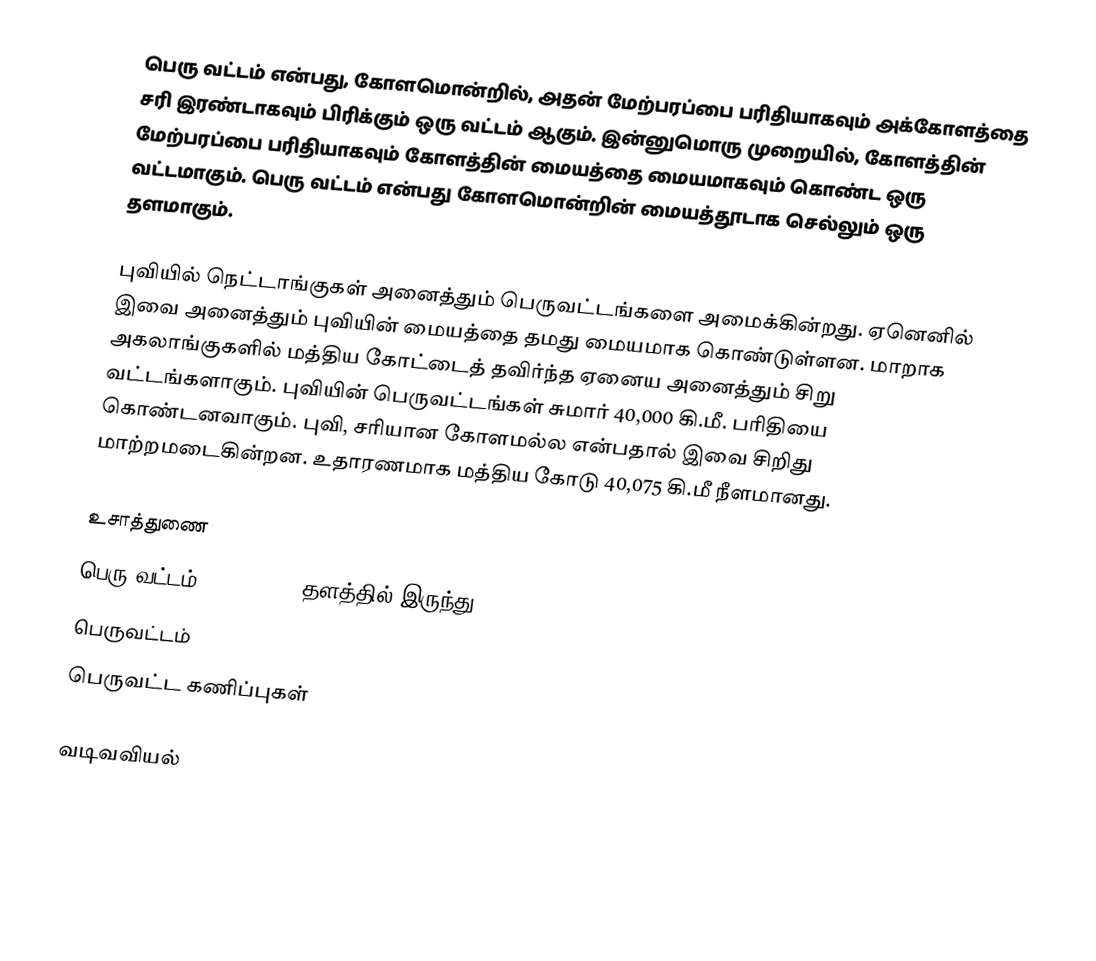
பெரு வட்டம் என்பது, கோளமொன்றில், அதன் மேற்பரப்பை பரிதியாகவும் அக்கோளத்தை சரி இரண்டாகவும் பிரிக்கும் ஒரு வட்டம் ஆகும். இன்னுமொரு முறையில், கோளத்தின் மேற்பரப்பை பரிதியாகவும் கோளத்தின் மையத்தை மையமாகவும் கொண்ட ஒரு வட்டமாகும். பெரு வட்டம் என்பது கோளமொன்றின் மையத்தூடாக செல்லும் ஒரு தளமாகும்.

புவியில் நெட்டாங்குகள் அனைத்தும் பெருவட்டங்களை அமைக்கின்றது. ஏனெனில் இவை அனைத்தும் புவியின் மையத்தை தமது மையமாக கொண்டுள்ளன. மாறாக அகலாங்குகளில் மத்திய கோட்டைத் தவிர்ந்த ஏனைய அனைத்தும் சிறு வட்டங்களாகும். புவியின் பெருவட்டங்கள் சுமார் 40,000 கி.மீ. பரிதியை கொண்டனவாகும். புவி, சரியான கோளமல்ல என்பதால் இவை சிறிது மாற்றமடைகின்றன. உதாரணமாக மத்திய கோடு 40,075 கி.மீ நீளமானது.

உசாத்துணை
 பெரு வட்டம் – Mathworld தளத்தில் இருந்து.
 பெருவட்டம்
 பெருவட்ட கணிப்புகள்

வடிவவியல்